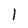
Character: l